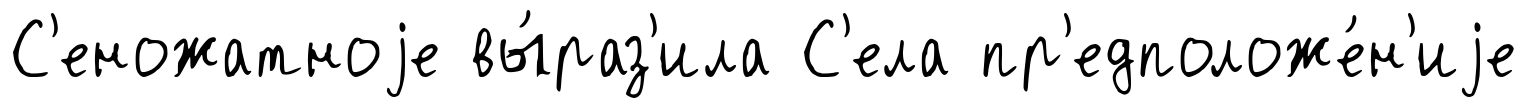
С'еножатноjе вы́раз'ила С'ела пр'едположе́н'иjе